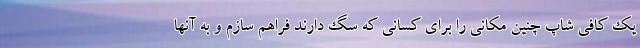
یک کافی شاپ چنین مکانی را برای کسانی که سگ دارند فراهم سازم و به آنها